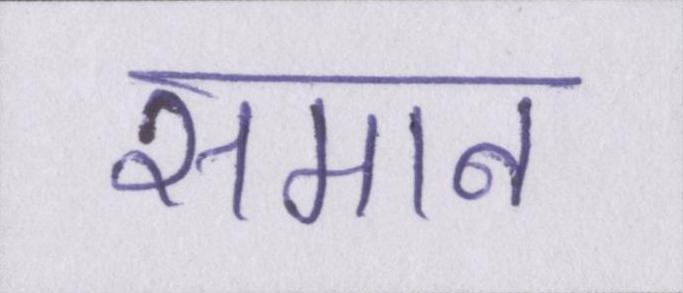
समान